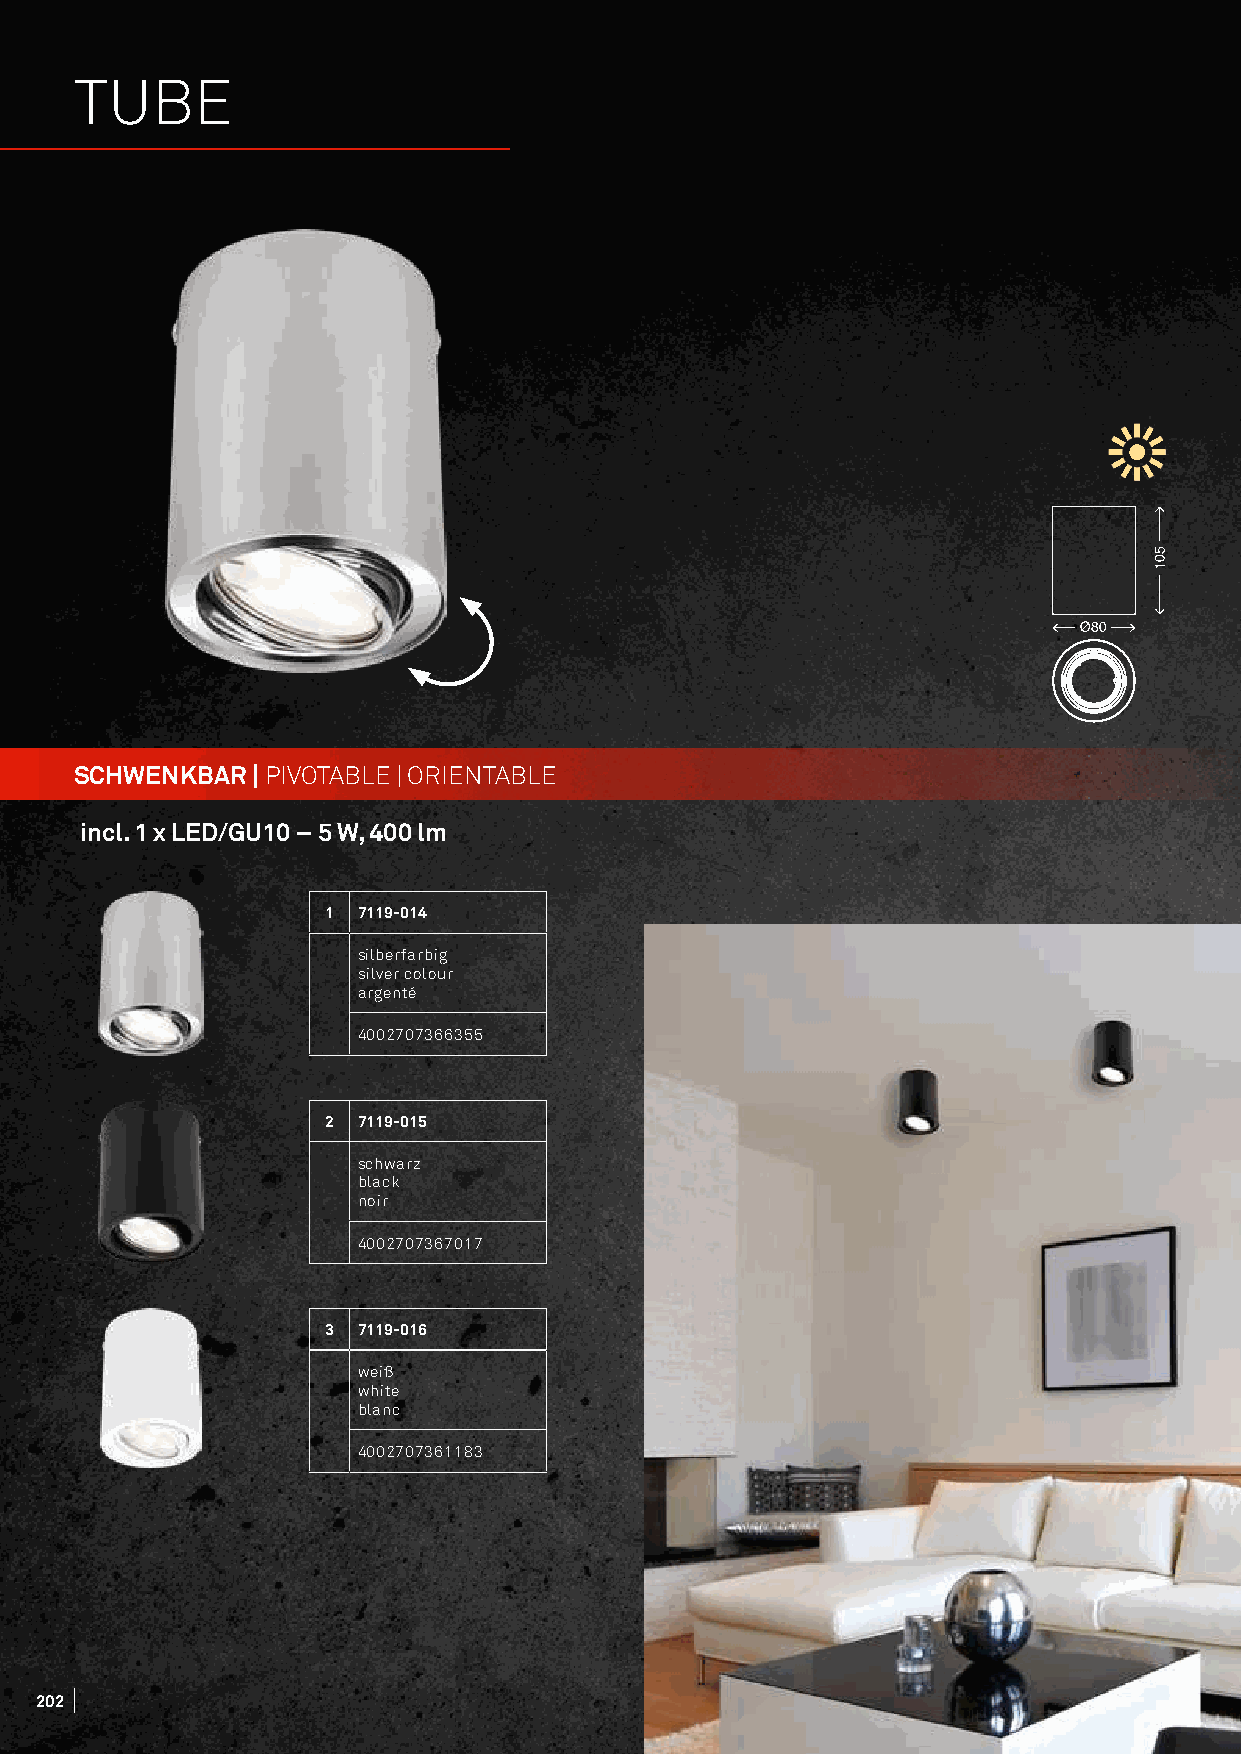
TUBE
 SCHWENKBAR  | PIVOTABLE | ORIENTABLE
 incl. 1 x LED/GU10 – 5 W, 400 lm
 1  7119-014
 silberfarbig
 silver colour
 argenté
 4002707366355
 2  7119-015
 schwarz
 black
 noir
 4002707367017
 3  7119-016
 weiß
 white
 blanc
 4002707361183
 202